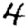
Digit: 4